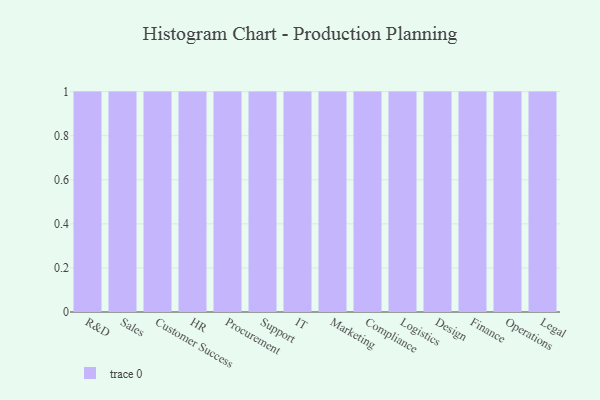
{"axis": {"x": "Department", "y": "Shipments"}, "legend": [""], "data": [{"x": "R&D", "y": 88, "type": ""}, {"x": "Sales", "y": 76, "type": ""}, {"x": "Customer Success", "y": 89, "type": ""}, {"x": "HR", "y": 11, "type": ""}, {"x": "Procurement", "y": 70, "type": ""}, {"x": "Support", "y": 50, "type": ""}, {"x": "IT", "y": 27, "type": ""}, {"x": "Marketing", "y": 43, "type": ""}, {"x": "Compliance", "y": 36, "type": ""}, {"x": "Logistics", "y": 57, "type": ""}, {"x": "Design", "y": 94, "type": ""}, {"x": "Finance", "y": 22, "type": ""}, {"x": "Operations", "y": 78, "type": ""}, {"x": "Legal", "y": 93, "type": ""}]}